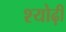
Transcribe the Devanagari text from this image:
श्योढ़ी